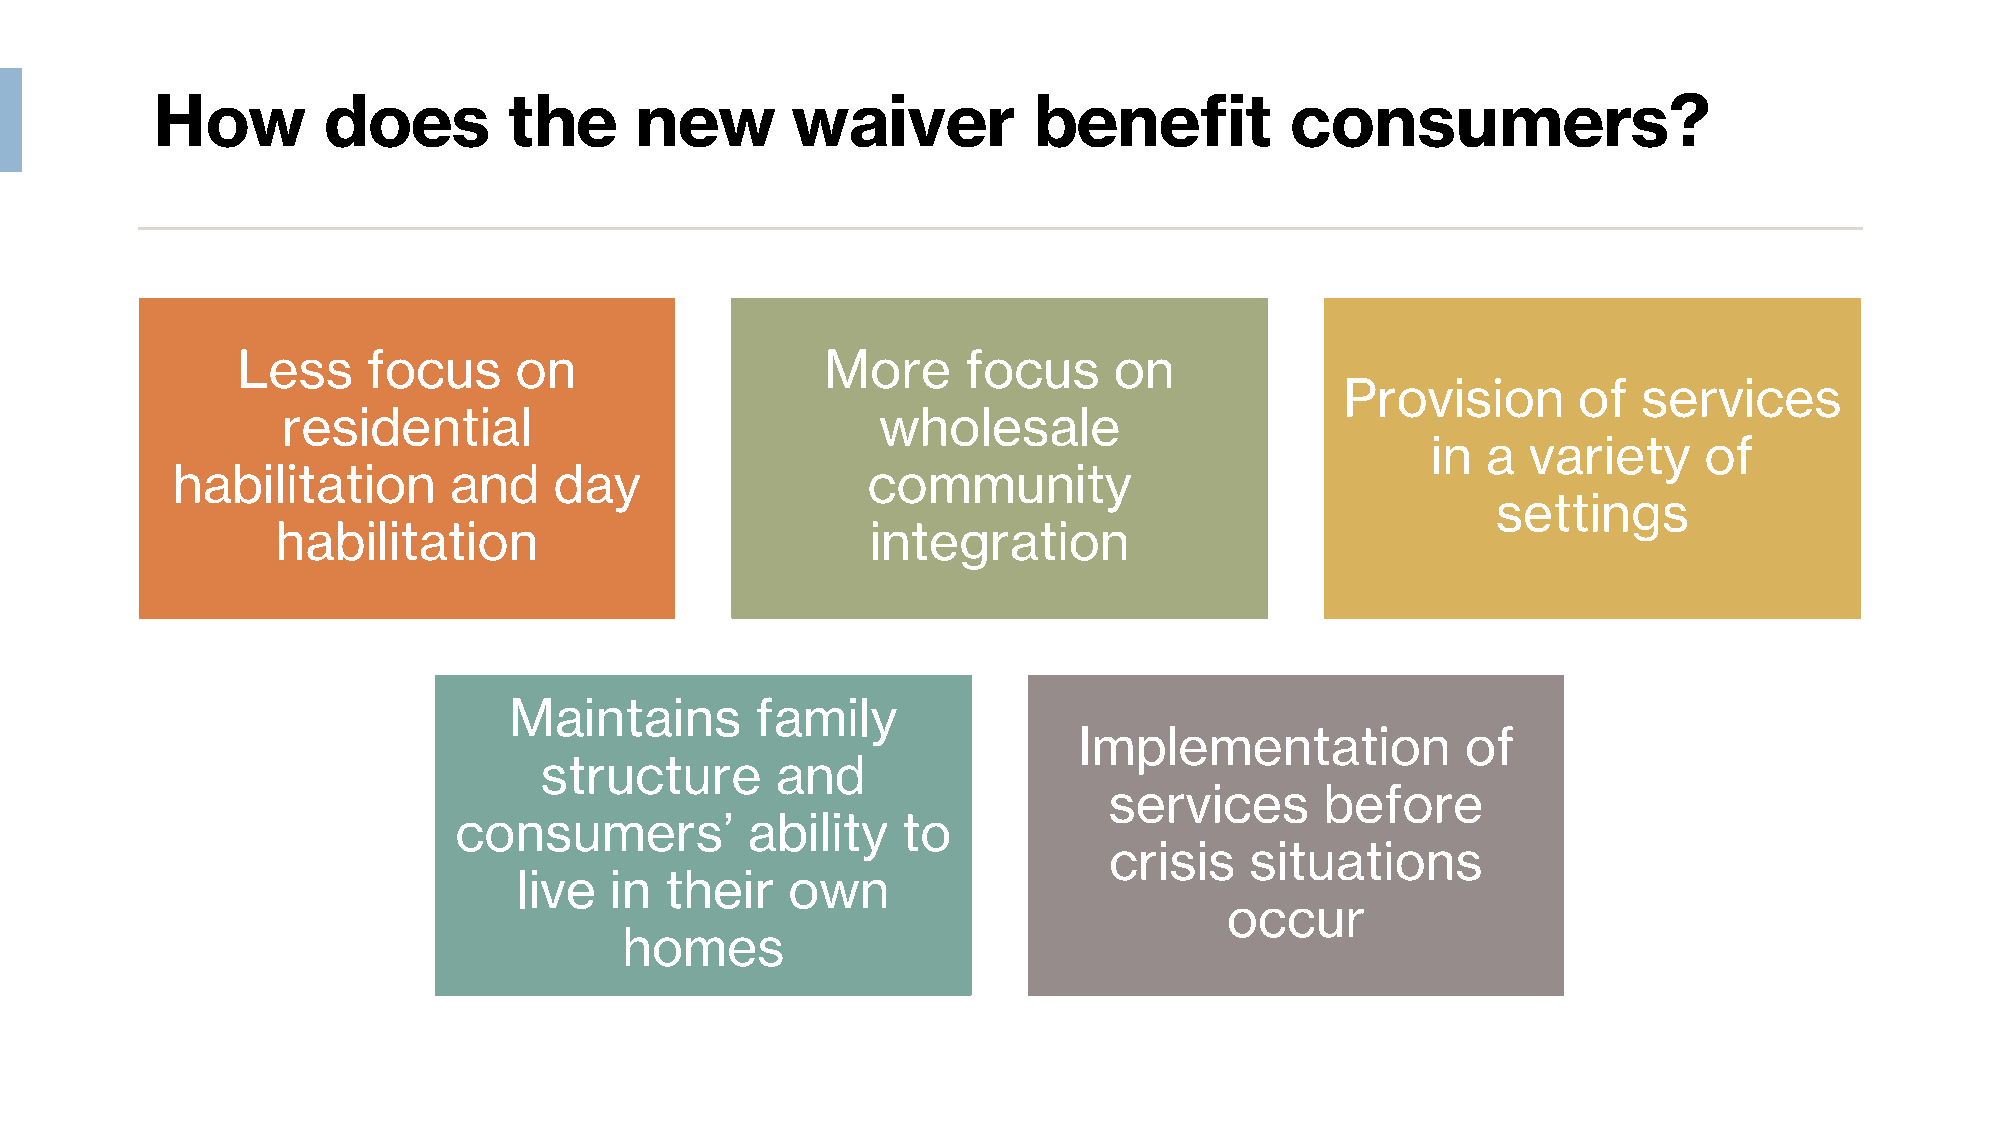
How        does         the     new       waiver          benefit          consumers?
 Less    focus     on                   More     focus     on
 Provision      of   services
 residential                            wholesale
 in a  variety     of
 habilitation       and    day                 community
 settings
 habilitation                            integration
 Maintains       family
 Implementation            of
 structure      and
 services       before
 consumers’         ability    to
 crisis    situations
 live  in  their   own
 occur
 homes